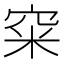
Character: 𥥪